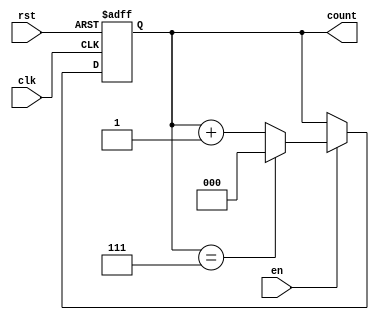
module binary_counter (
    input wire clk,      // Clock signal
    input wire rst,      // Asynchronous reset signal
    input wire en,       // Enable signal
    output reg [n-1:0] count // n-bit counter output
);
    parameter n = 3; // Number of bits for the counter (can be adjusted)

    // Always block for counter behavior
    always @(posedge clk or posedge rst) begin
        if (rst) begin
            count <= 0; // Reset the counter to 0
        end else if (en) begin
            if (count == (2**n - 1)) begin
                count <= 0; // Wrap around to 0 if maximum value is reached
            end else begin
                count <= count + 1; // Increment the counter
            end
        end
    end
endmodule